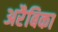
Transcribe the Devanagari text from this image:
अरैबिका